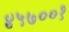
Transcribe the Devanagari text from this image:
४५७००१